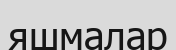
яшмалар